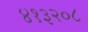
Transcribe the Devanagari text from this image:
४१३२०८